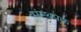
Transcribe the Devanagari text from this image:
संस्थपक